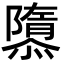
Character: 隳